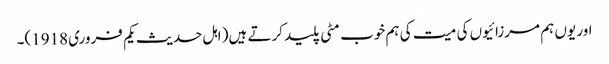
اور یوں ہم مرزائیوں کی میت کی ہم خوب مٹی پلید کرتے ہیں( اہل حدیث یکم فروری 1918)۔